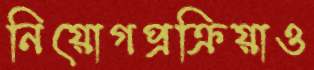
নিয়োগপ্রক্রিয়াও